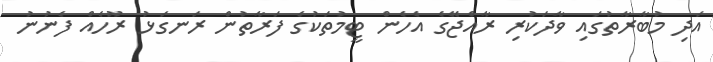
އަދި މުބާރާތުގައި ވާދަކުރި ރާއްޖޭގެ އެހެން ޓީމުތަކުގެ ފަރާތުން ރަނގަޅު ރޫހެއް ފެނުނު